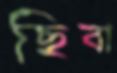
ছিবা